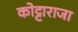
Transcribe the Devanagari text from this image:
कोट्टाराजा